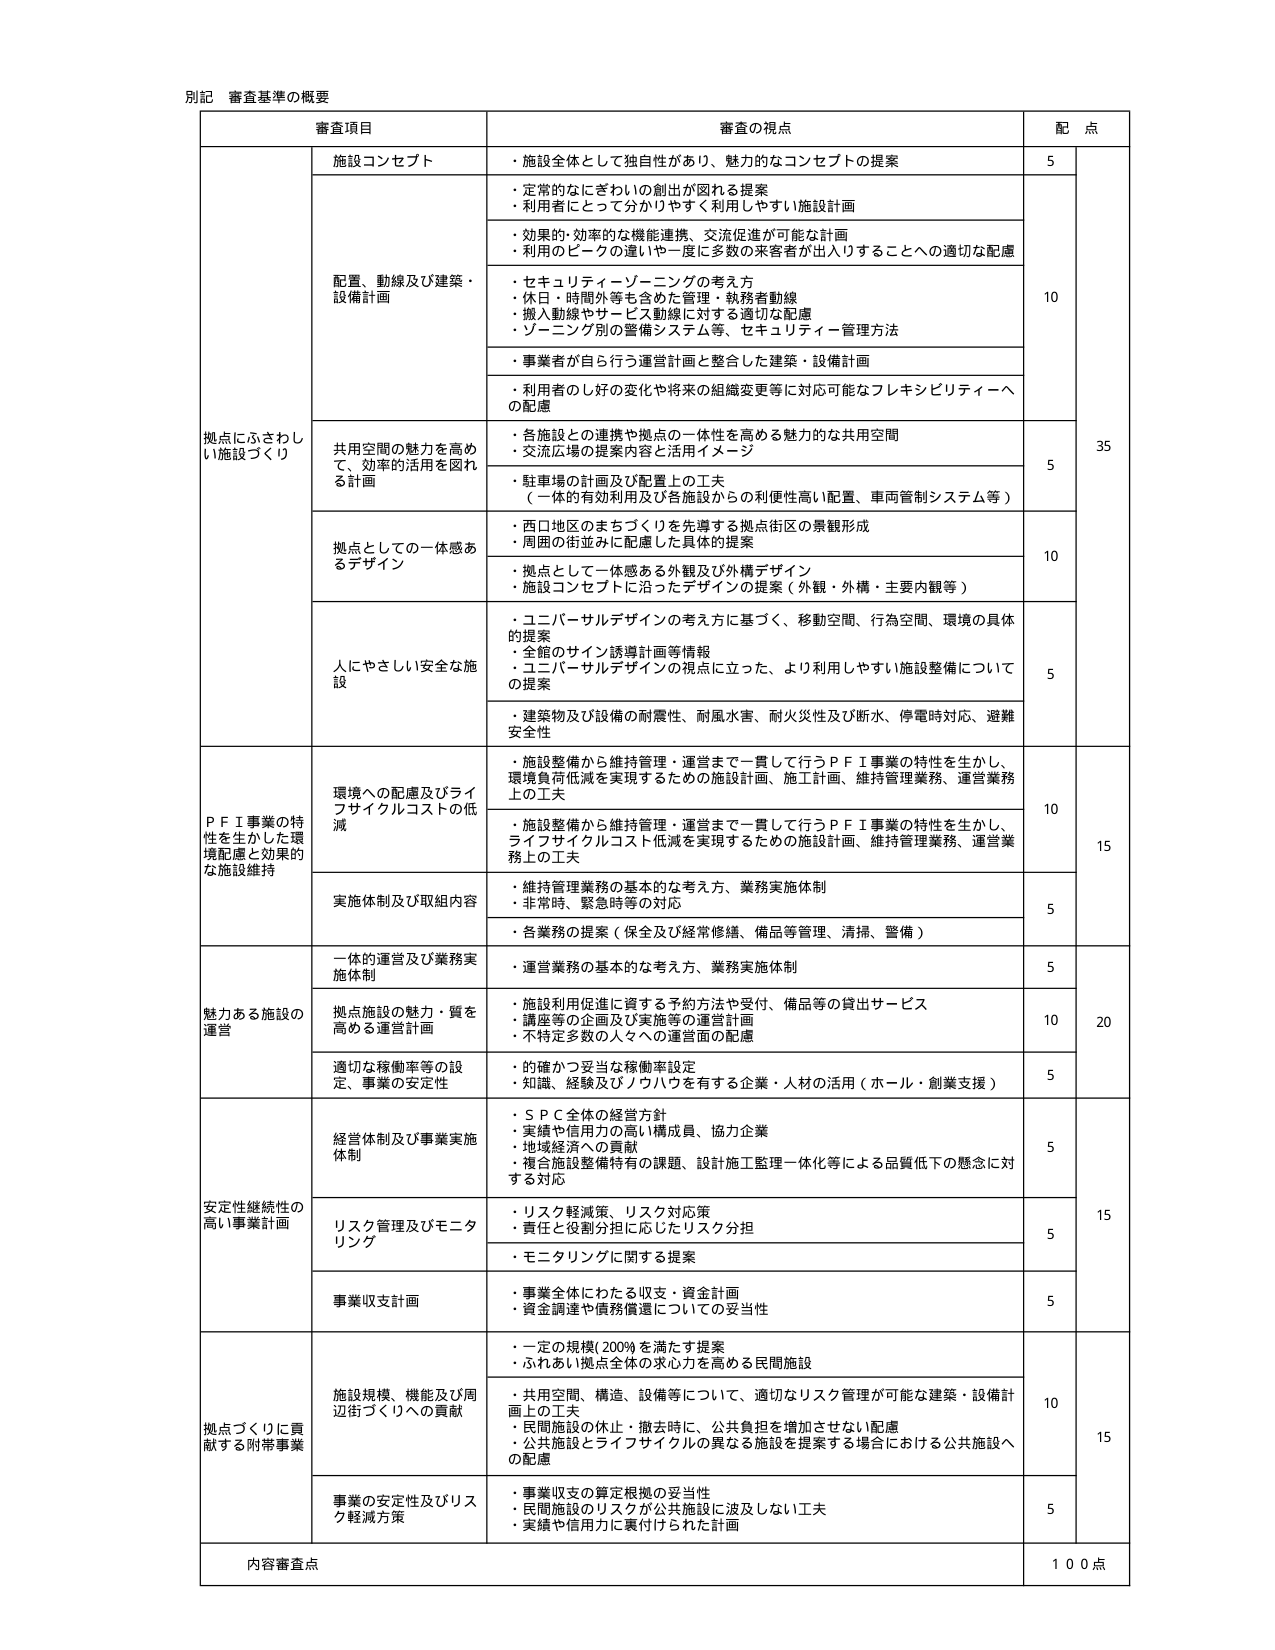
別記 審査基準の概要

審査項目